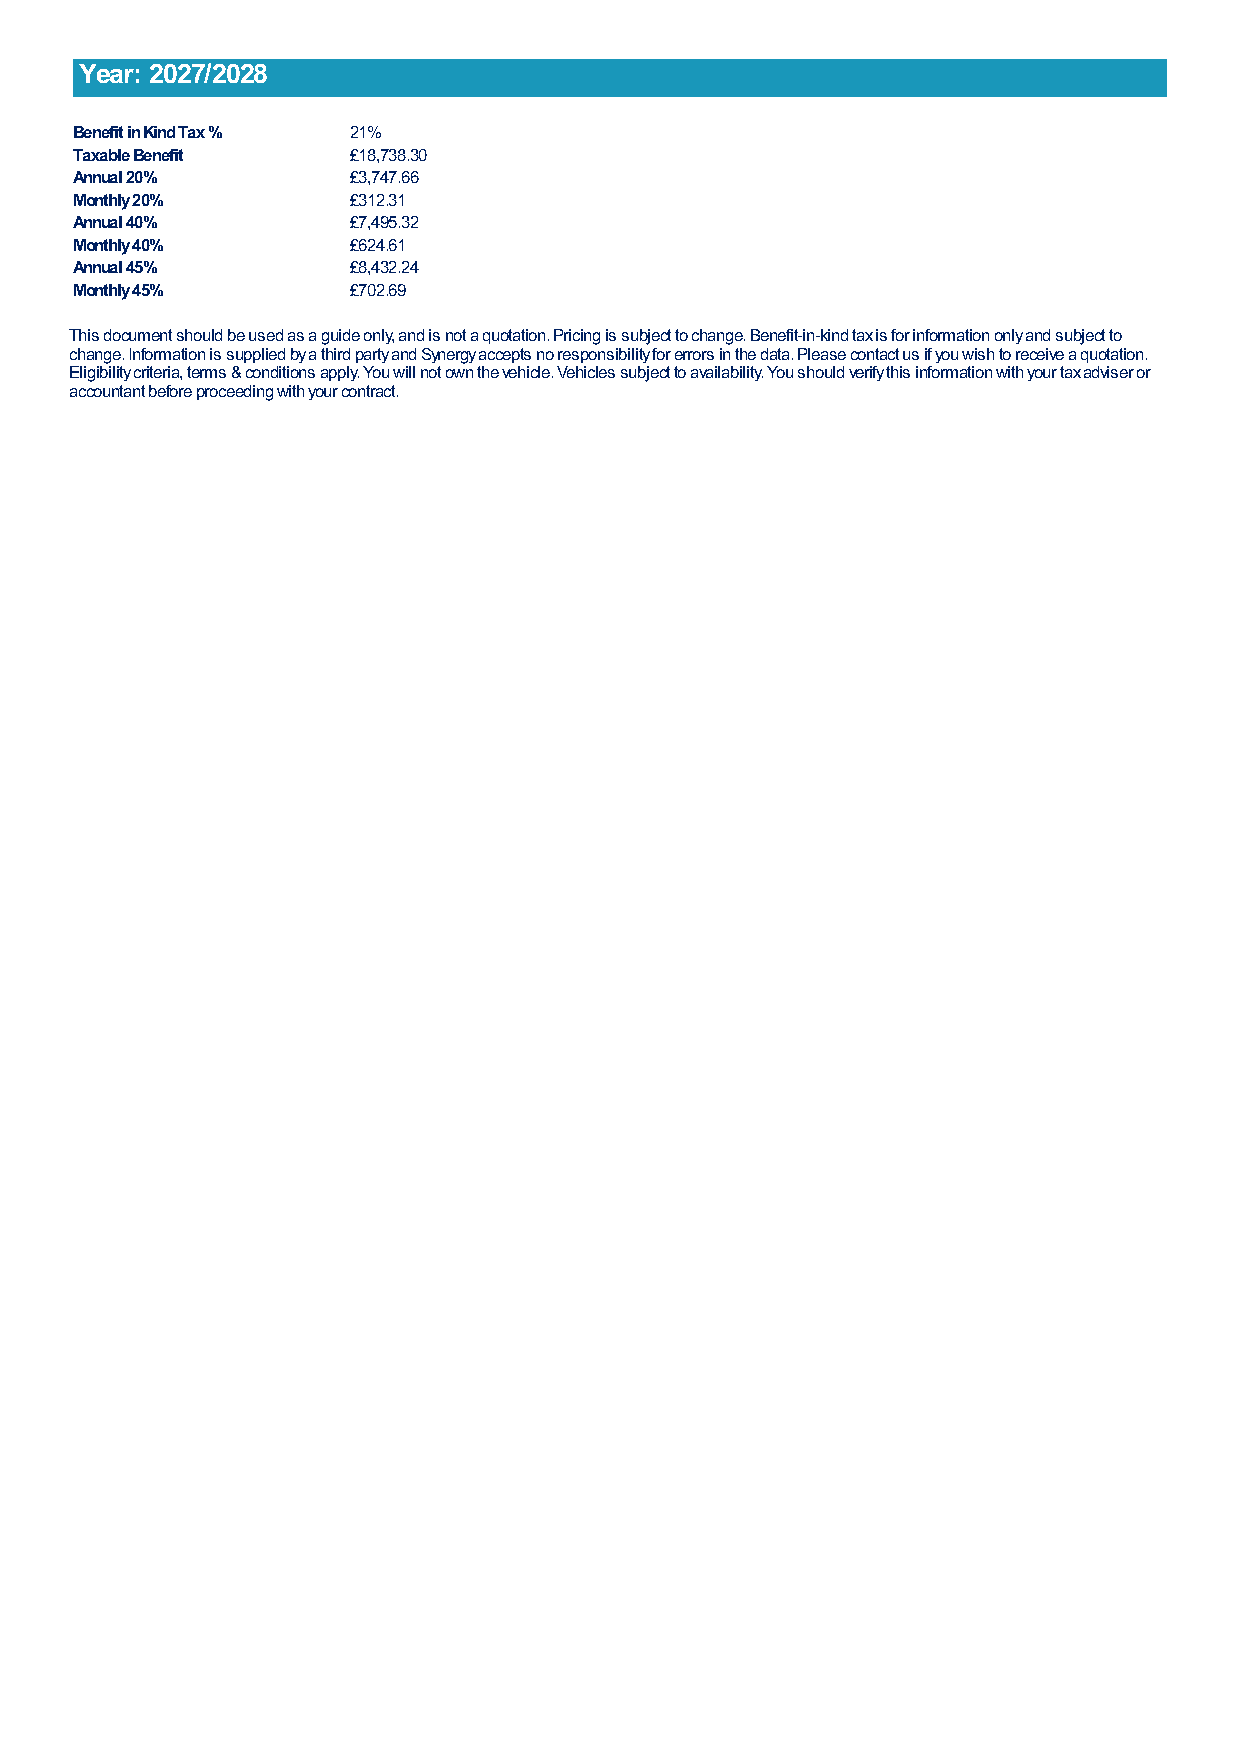
Year: 2027/2028
 Benefit in Kind Tax % 21%
 Taxable Benefit   £18,738.30
 Annual 20%        £3,747.66
 Monthly 20%       £312.31
 Annual 40%        £7,495.32
 Monthly 40%       £624.61
 Annual 45%        £8,432.24
 Monthly 45%       £702.69
 This document should be used as a guide only, and is not a quotation. Pricing is subject to change. Benefit-in-kind tax is for information only and subject to
 change. Information is supplied by a third party and Synergy accepts no responsibility for errors in the data. Please contact us if you wish to receive a quotation.
 Eligibility criteria, terms & conditions apply. You will not own the vehicle. Vehicles subject to availability. You should verify this information with your tax adviser or
 accountant before proceeding with your contract.